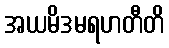
အယမိဒမရဟတီတိ